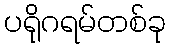
ပရိုဂရမ်တစ်ခု